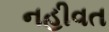
નહીવત